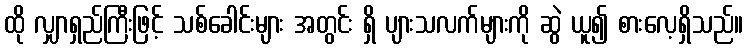
ထို လျှာရှည်ကြီးဖြင့် သစ်ခေါင်းများ အတွင်း ရှိ ပျားသလက်များကို ဆွဲ ယူ၍ စားလေ့ရှိသည်။